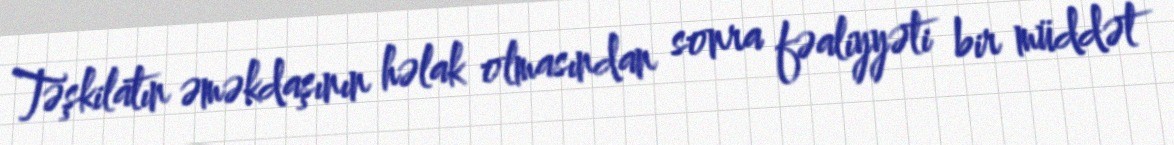
Təşkilatın əməkdaşının həlak olmasından sonra fəaliyyəti bir müddət